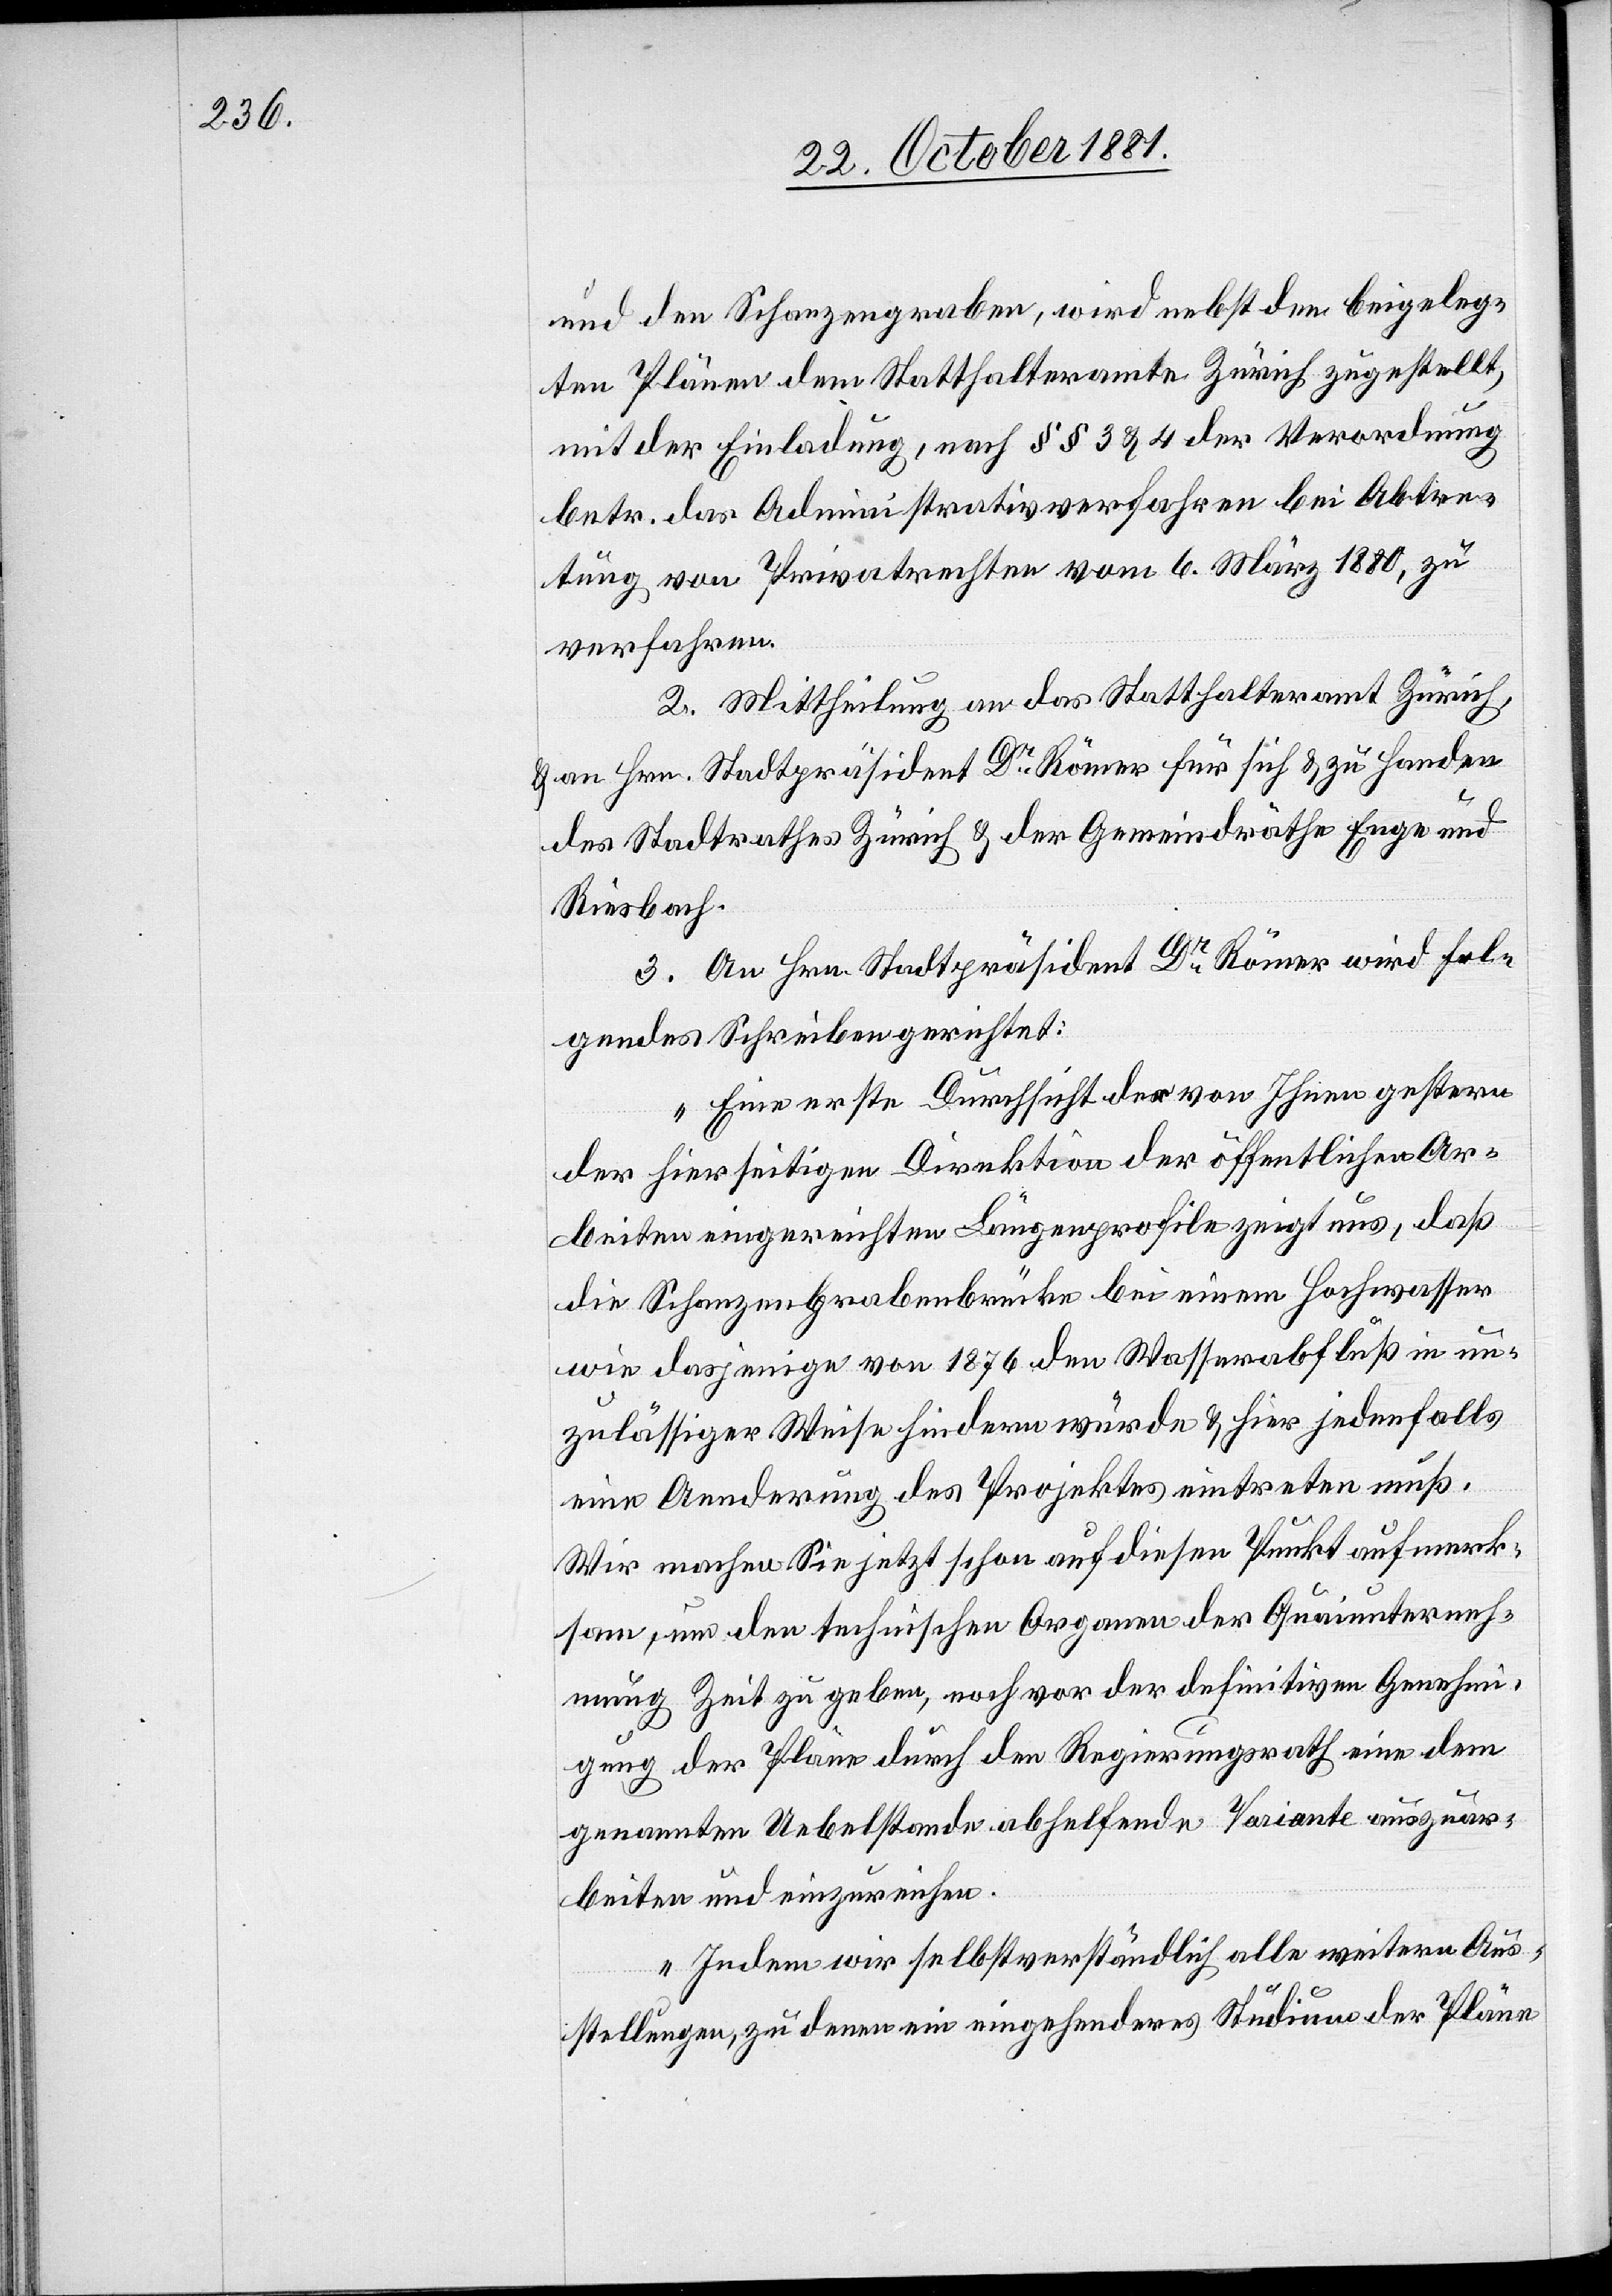
und den Schanzengraben, wird nebst den beigeleg¬
ten Plänen dem Statthalteramte Zürich zugestellt,
mit der Einladung, nach §§ 3 & 4 der Verordnung
betr. das Administrativverfahren bei Abtre¬
tung von Privatrechten vom 6. März 1880, zu
verfahren.
2. Mittheilung an das Statthalteramt Zürich,
& an Hrn. Stadtpräsident Dr Römer für sich & zu Handen
des Stadtrathes Zürich & der Gemeindräthe Enge und
Riesbach.
3. An Hrn. Stadtpräsident Dr Römer wird fol¬
gendes Schreiben gerichtet:
„Eine erste Durchsicht der von Ihnen gestern
der hierseitigen Direktion der öffentlichen Ar¬
beiten eingereichten Längenprofile zeigt uns, daß
die Schanzengrabenbrücke bei einem Hochwasser
wie dasjenige von 1876 den Wasserabfluß in un¬
zulässiger Weise hindern würde & hier jedenfalls
eine Aenderung des Projektes eintreten muß.
Wir machen Sie jetzt schon auf diesen Punkt aufmerk¬
sam, um den technischen Organen der Quaiunterneh¬
mung Zeit zu geben, noch vor der definitiven Genehmi¬
gung der Pläne durch den Regierungsrath eine dem
genannten Uebelstande abhelfende Variante auszuar¬
beiten und einzureichen.
Indem wir selbstverständlich alle weitere Aus¬
stellungen, zu denen ein eingehenderes Studium der Pläne